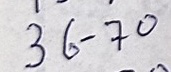
36 - 70